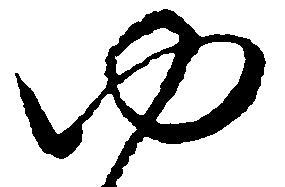
ゆ